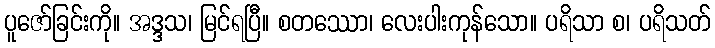
ပူဇော်ခြင်းကို။ အဒ္ဒသ၊ မြင်ရပြီ။ စတဿော၊ လေးပါးကုန်သော။ ပရိသာ စ၊ ပရိသတ်